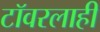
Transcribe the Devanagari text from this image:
टॉवरलाही